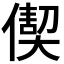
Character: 𠎇